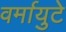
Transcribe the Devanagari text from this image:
वर्मायुटे